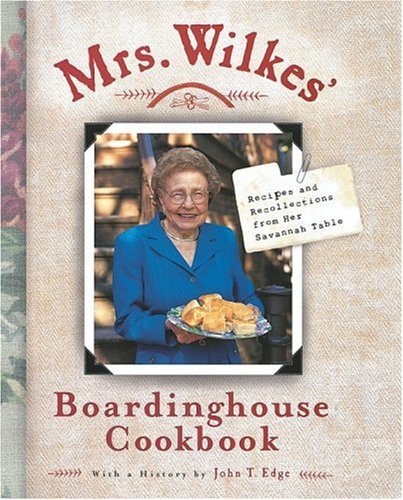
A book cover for Mrs. Wilkes' Boardinghouse Cookbook: Recipes and Recollections from Her Savannah Table; Sema Wilkes; Cookbooks, Food & Wine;